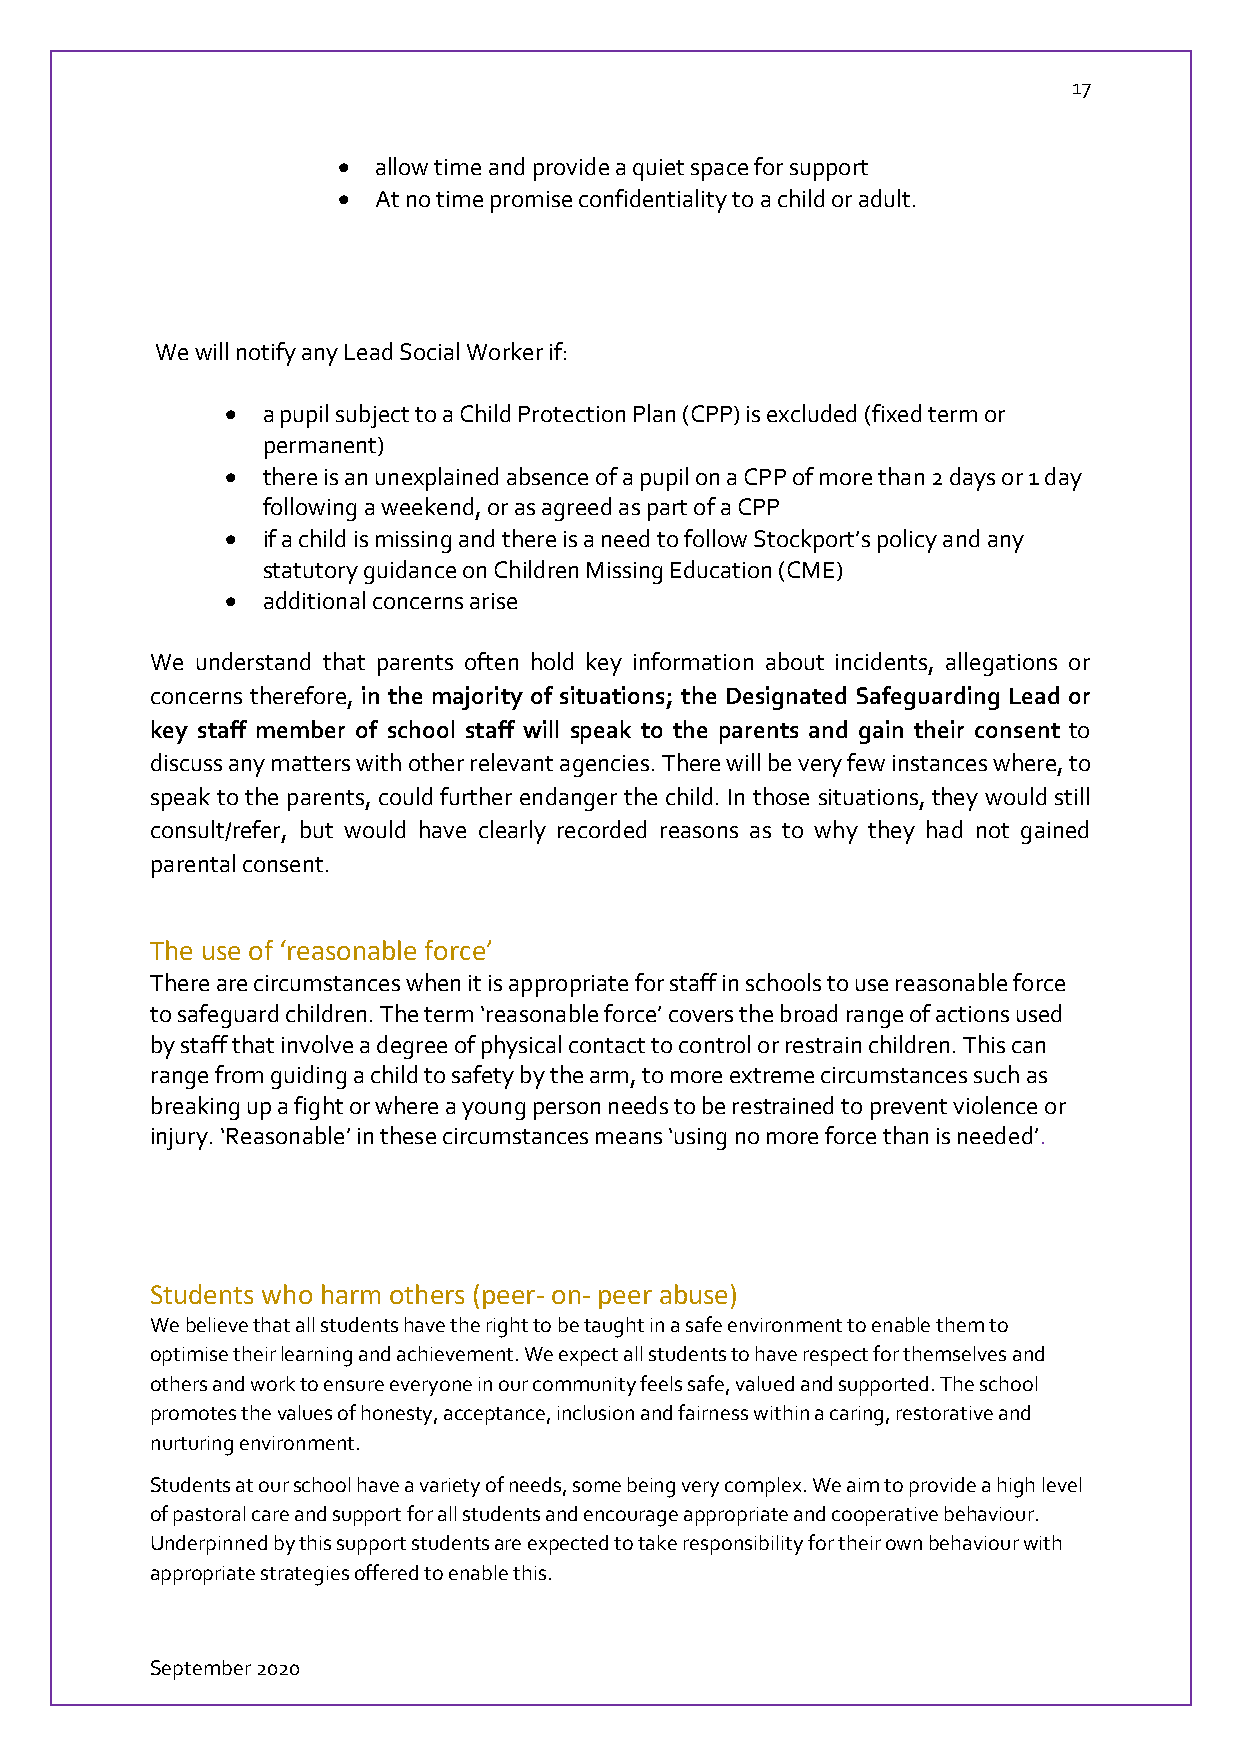
17
   allow time and provide a quiet space for support
   At no time promise confidentiality to a child or adult.
 We will notify any Lead Social Worker if:
  a pupil subject to a Child Protection Plan (CPP) is excluded (fixed term or
 permanent)
  there is an unexplained absence of a pupil on a CPP of more than 2 days or 1 day
 following a weekend, or as agreed as part of a CPP
  if a child is missing and there is a need to follow Stockport’s policy and any
 statutory guidance on Children Missing Education (CME)
  additional concerns arise
 We understand that parents often hold key information about incidents, allegations or
 concerns therefore, in the majority of situations; the Designated Safeguarding Lead or
 key staff member of school staff will speak to the parents and gain their consent to
 discuss any matters with other relevant agencies. There will be very few instances where, to
 speak to the parents, could further endanger the child. In those situations, they would still
 consult/refer, but would have clearly recorded reasons as to why they had not gained
 parental consent.
 The use of ‘reasonable force’
 There are circumstances when it is appropriate for staff in schools to use reasonable force
 to safeguard children. The term ‘reasonable force’ covers the broad range of actions used
 by staff that involve a degree of physical contact to control or restrain children. This can
 range from guiding a child to safety by the arm, to more extreme circumstances such as
 breaking up a fight or where a young person needs to be restrained to prevent violence or
 injury. ‘Reasonable’ in these circumstances means ‘using no more force than is needed’.
 Students who harm others (peer- on- peer abuse)
 We believe that all students have the right to be taught in a safe environment to enable them to
 optimise their learning and achievement. We expect all students to have respect for themselves and
 others and work to ensure everyone in our community feels safe, valued and supported. The school
 promotes the values of honesty, acceptance, inclusion and fairness within a caring, restorative and
 nurturing environment.
 Students at our school have a variety of needs, some being very complex. We aim to provide a high level
 of pastoral care and support for all students and encourage appropriate and cooperative behaviour.
 Underpinned by this support students are expected to take responsibility for their own behaviour with
 appropriate strategies offered to enable this.
 September 2020